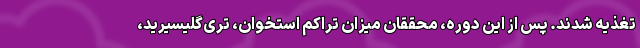
تغذیه شدند. پس از این دوره، محققان میزان تراکم استخوان، تری‌گلیسیرید،